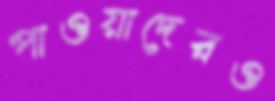
পাওয়াদেরও